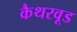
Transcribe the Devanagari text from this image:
कैथरवूड